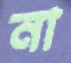
না